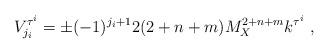
LaTeX: \begin{align*}V^{\tau^i}_{j_i}= \pm (-1)^{j_i+1} 2 (2+n+m) M_X^{2+n+m} k^{\tau^i} ~,~\,\end{align*}